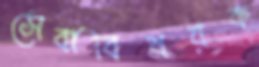
সেবাবিষয়ক